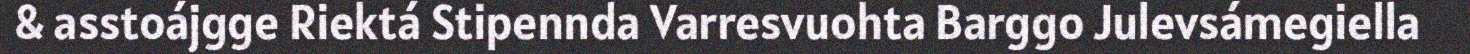
& asstoájgge Riektá Stipennda Varresvuohta Barggo Julevsámegiella